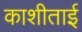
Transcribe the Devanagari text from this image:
काशीताई